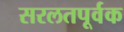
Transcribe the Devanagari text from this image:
सरलतपूर्वक